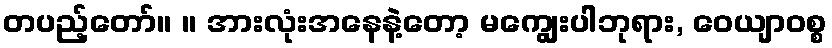
တပည့်တော်။ ။ အားလုံးအနေနဲ့တော့ မကျွေးပါဘုရား, ဝေယျာဝစ္စ